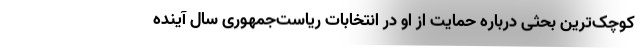
کوچک‌ترین بحثی درباره حمایت از او در انتخابات ریاست‌جمهوری سال آینده